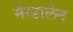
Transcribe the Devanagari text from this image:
मॅग्डालेन